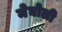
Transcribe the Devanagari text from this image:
मेघोली